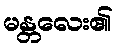
မန္တလေး၏